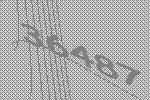
36487